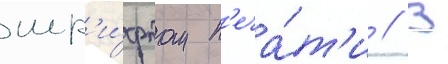
шр'и́фтом п'еча́т'и // В